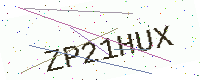
Text: ZP21HUX